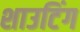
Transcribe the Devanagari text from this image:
शाउटिंग